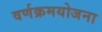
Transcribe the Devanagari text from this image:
वर्णक्रमयोजना